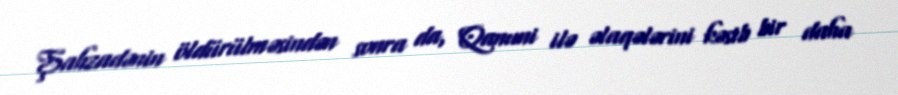
Şahzadənin öldürülməsindən sonra da, Qanuni ilə əlaqələrini kəsib bir daha